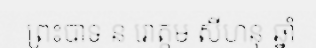
ព្រះបាទ ន រោត្តម សីហនុ ឆ្នាំ